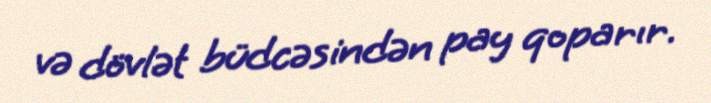
və dövlət büdcəsindən pay qoparır.